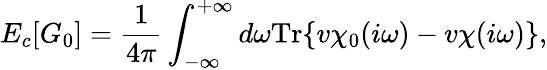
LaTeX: E_{c}[G_{0}]=\frac{1}{4\pi}\int_{-\infty}^{+\infty}d\omega\mathrm{Tr}\{ v\chi_{0}(i\omega)-v\chi(i\omega)\} ,